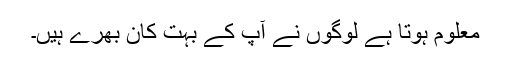
معلوم ہوتا ہے لوگوں نے آپ کے بہت کان بھرے ہیں۔